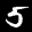
Label: 5